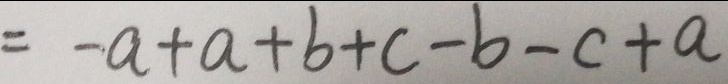
= - a + a + b + c - b - c + a